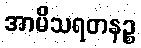
အာမိသရတနဉ္စ